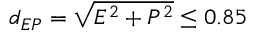
d _ { E P } = \sqrt { E ^ { 2 } + P ^ { 2 } } \leq 0 . 8 5